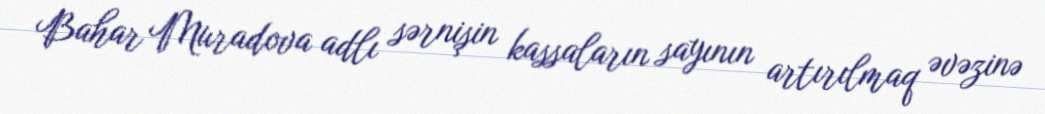
Bahar Muradova adlı sərnişin kassaların sayının artırılmaq əvəzinə